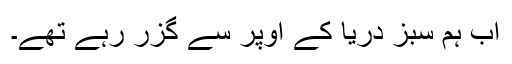
اب ہم سبز دریا کے اوپر سے گزر رہے تھے۔